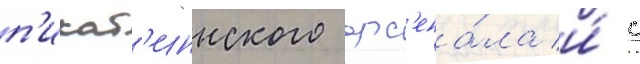
п'икат'иннского арс'ена́ла и́ с